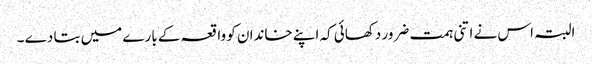
البتہ اس نے اتنی ہمت ضرور دکھائی کہ اپنے خاندان کو واقعہ کے بارے میں بتا دے ۔